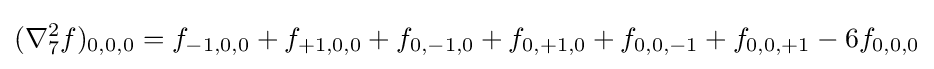
(\nabla _{7}^{2}f)_{0,0,0}=f_{-1,0,0}+f_{+1,0,0}+f_{0,-1,0}+f_{0,+1,0}+f_{0,0,-1}+f_{0,0,+1}-6f_{0,0,0}